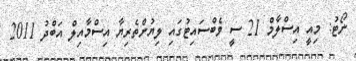
ނޯޓު: މިއީ އިސްލާމް 21 ސީ ވެބްސައިޓުގައި ލިޔުންތެރިޔާ އިސްމާއިލް އަބްދު 2011